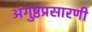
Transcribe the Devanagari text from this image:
अंगुष्ठप्रसारणी